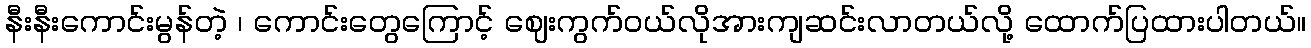
နီးနီးကောင်းမွန်တဲ့ ၊ ကောင်းတွေကြောင့် ဈေးကွက်ဝယ်လိုအားကျဆင်းလာတယ်လို့ ထောက်ပြထားပါတယ်။